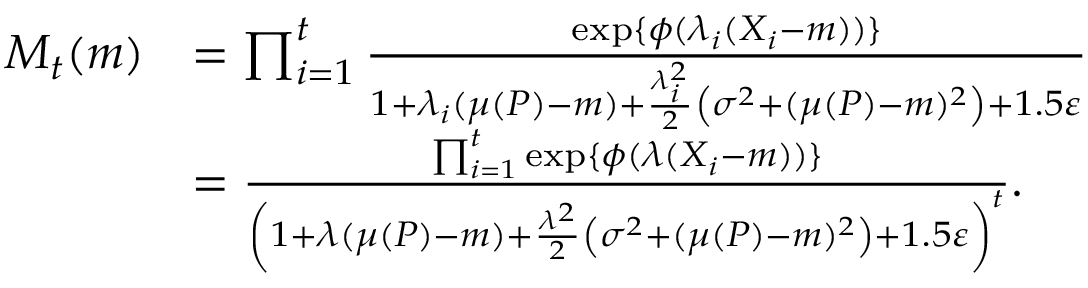
\begin{array} { r l } { M _ { t } ( m ) } & { = \prod _ { i = 1 } ^ { t } \frac { \exp \{ \phi ( \lambda _ { i } ( X _ { i } - m ) ) \} } { 1 + \lambda _ { i } ( \mu ( P ) - m ) + \frac { \lambda _ { i } ^ { 2 } } { 2 } \left( \sigma ^ { 2 } + ( \mu ( P ) - m ) ^ { 2 } \right) + 1 . 5 \varepsilon } } \\ & { = \frac { \prod _ { i = 1 } ^ { t } \exp \{ \phi ( \lambda ( X _ { i } - m ) ) \} } { \left( 1 + \lambda ( \mu ( P ) - m ) + \frac { \lambda ^ { 2 } } { 2 } \left( \sigma ^ { 2 } + ( \mu ( P ) - m ) ^ { 2 } \right) + 1 . 5 \varepsilon \right) ^ { t } } . } \end{array}